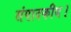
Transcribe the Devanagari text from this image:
संपादकीय।